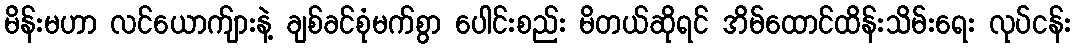
မိန်းမဟာ လင်ယောက်ျားနဲ့ ချစ်ခင်စုံမက်စွာ ပေါင်းစည်း မိတယ်ဆိုရင် အိမ်ထောင်ထိန်းသိမ်းရေး လုပ်ငန်း